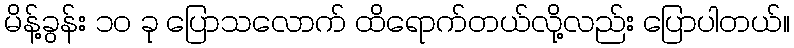
မိန့်ခွန်း ၁၀ ခု ပြောသလောက် ထိရောက်တယ်လို့လည်း ပြောပါတယ်။